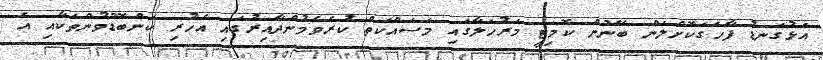
އަޅުގަނޑު ފާހަގަކޮށްލަން ބޭނުން ކޮމިޓީ މަރުހަލާގައި މަސައްކަތް ކުރެވެމުންދާއިރުގައި އެހުރި ކަންބޮޑުވުންތަކާއި އެ